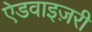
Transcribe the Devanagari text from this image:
ऐडवाइज़री